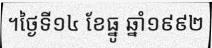
។ថ្ងៃទី១៤ ខែធ្នូ ឆ្នាំ១៩៩២